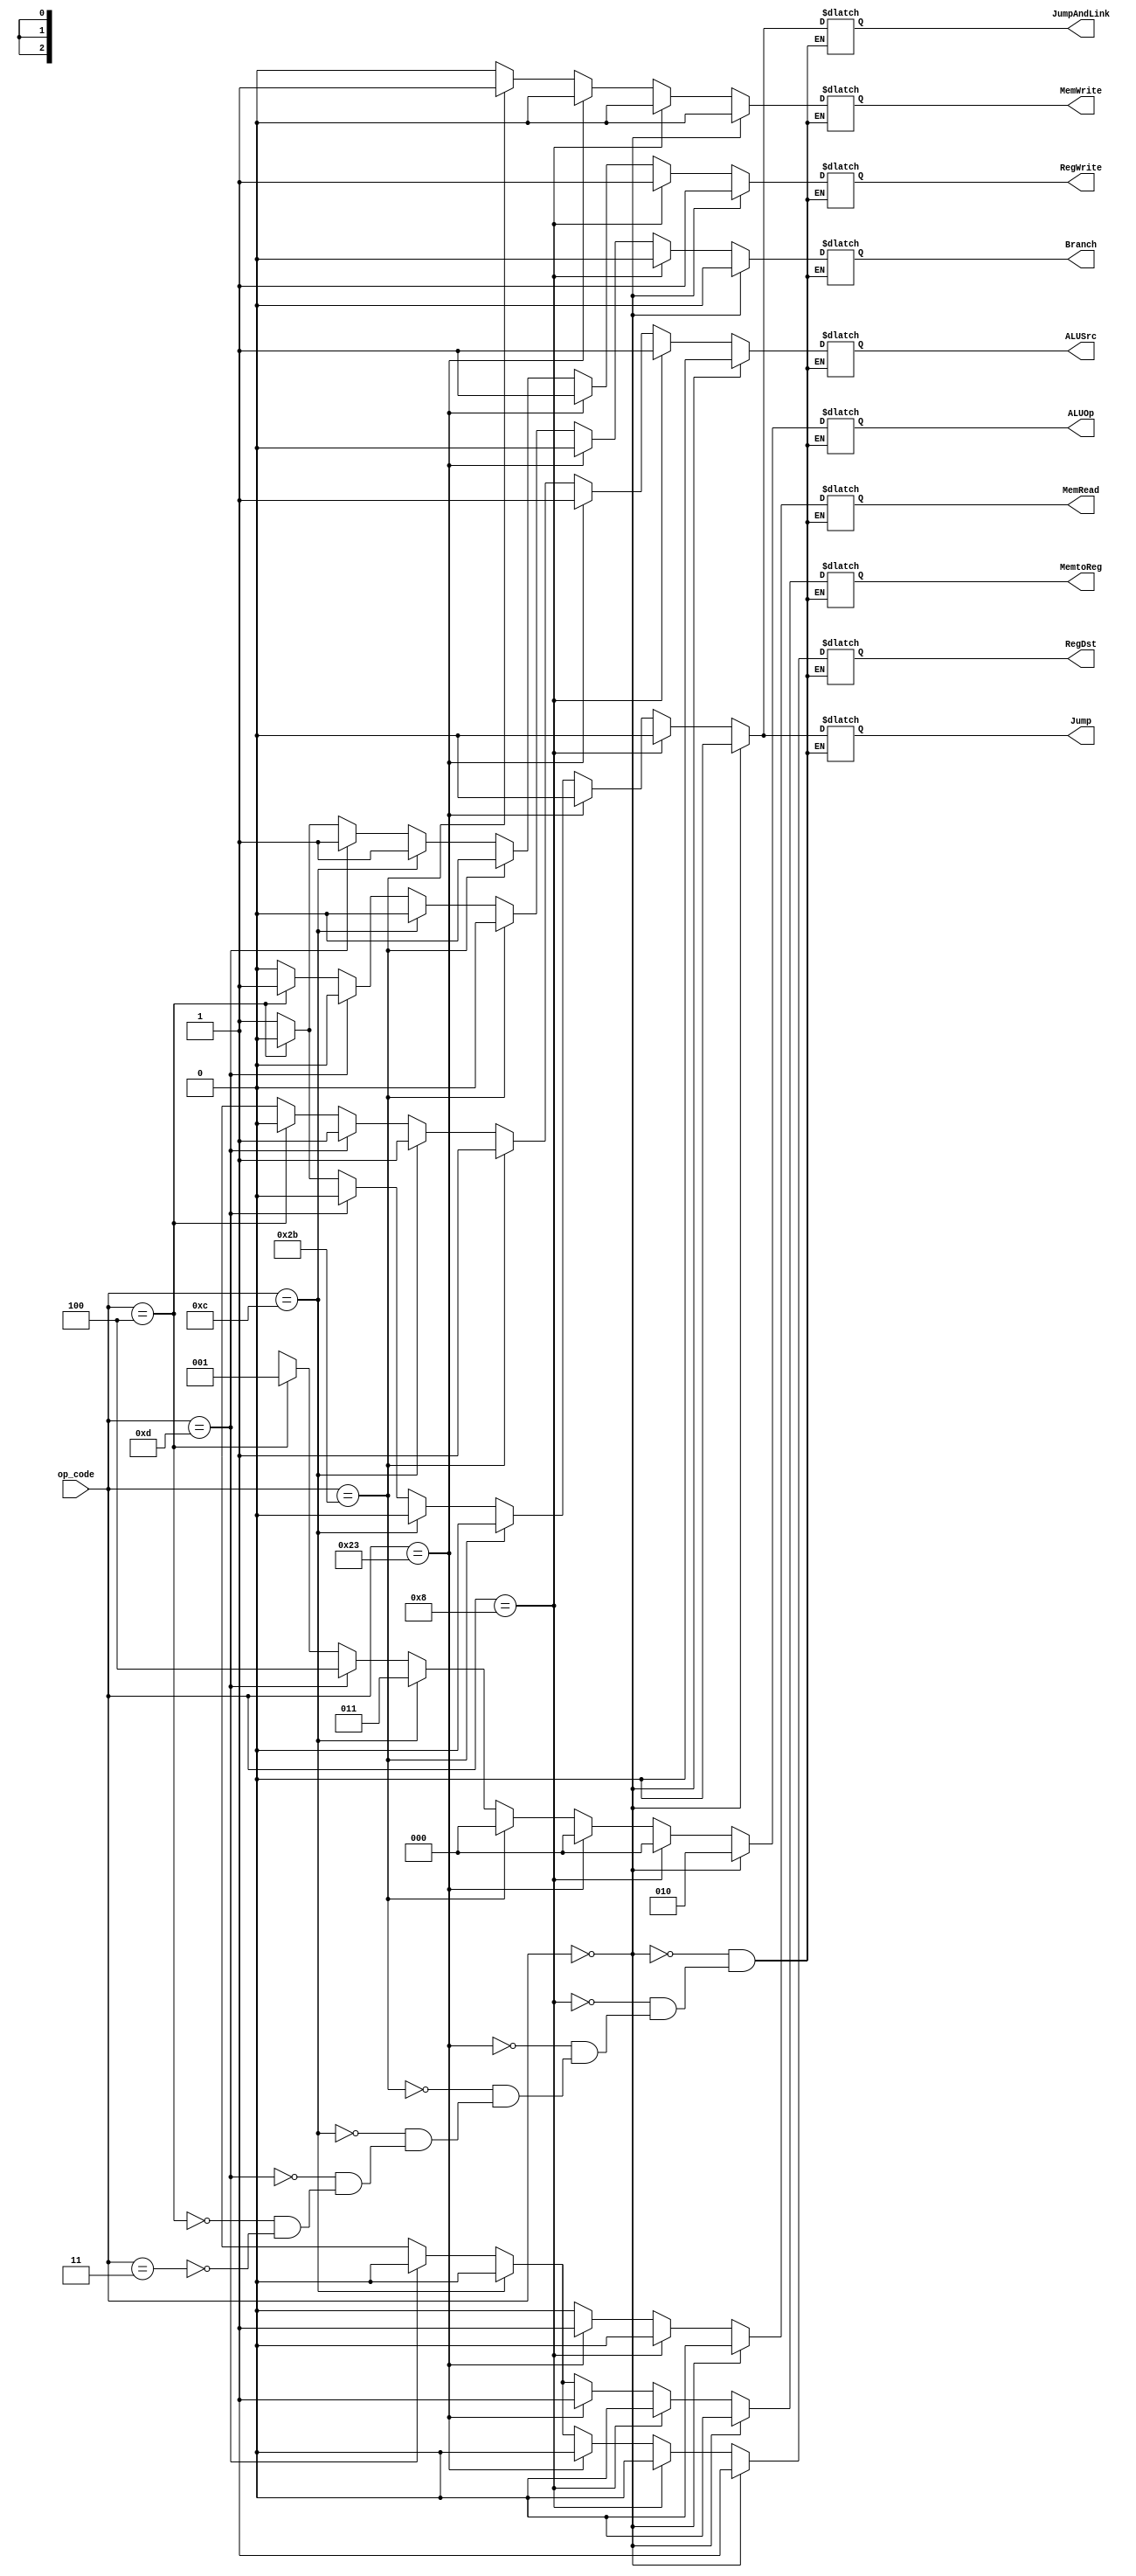
`timescale 1ps/1ps
module control_unit(
op_code,
RegDst,
Jump,
JumpAndLink,
Branch,
MemRead,
MemtoReg,
ALUOp,
MemWrite,
ALUSrc,
RegWrite
);

	input [5:0] op_code;

	output RegDst;
	output Jump;
	output JumpAndLink;
	output Branch;
	output MemRead;
	output MemtoReg;
	output [2:0] ALUOp;
	output MemWrite;
	output ALUSrc;
	output RegWrite;

	wire [5:0] op_code;

	reg RegDst;
	reg Jump;
	reg JumpAndLink;
	reg Branch;
	reg MemRead;
	reg MemtoReg;
	reg [2:0] ALUOp;
	reg MemWrite;
	reg ALUSrc;
	reg RegWrite;

	always @ (op_code)
	begin
		#100 //delay 100ps for Control Unit
		if (op_code == 'h00) begin	  //R-type
			RegDst      <= 1;
			Jump        <= 0;
			JumpAndLink <= 0;
			Branch      <= 0;
			MemRead     <= 0;
			MemtoReg    <= 0;
			ALUOp       <= 3'b010; //func_field
			MemWrite    <= 0;
			ALUSrc      <= 0;
			RegWrite    <= 1;
		end
	
		else if (op_code == 'h08) begin   //addi
			RegDst      <= 0;
			Jump        <= 0;
			JumpAndLink <= 0;
			Branch      <= 0;
			MemRead     <= 0;
			MemtoReg    <= 0;
			ALUOp       <= 3'b000; //add
			MemWrite    <= 0;
			ALUSrc      <= 1;
			RegWrite    <= 1;
		end
		
		else if (op_code == 'h23) begin   //lw
			RegDst      <= 0;
			Jump        <= 0;
			JumpAndLink <= 0;
			Branch      <= 0;
			MemRead     <= 1;
			MemtoReg    <= 1;
			ALUOp       <= 3'b000; //add
			MemWrite    <= 0;
			ALUSrc      <= 1;
			RegWrite    <= 1;
		end

		else if (op_code == 'h2B) begin   //sw
			RegDst      <= 1'bx;
			Jump 	    <= 0;
			JumpAndLink <= 0;
			Branch      <= 0;
			MemRead     <= 0;
			MemtoReg    <= 1'bx;
			ALUOp       <= 3'b000; //add
			MemWrite    <= 1;
			ALUSrc      <= 1;
			RegWrite    <= 0;
		end
	
		else if (op_code == 'h0C) begin  //andi
			RegDst      <= 0;
			Jump        <= 0;
			JumpAndLink <= 0;
			Branch      <= 0;
			MemRead     <= 0;
			MemtoReg    <= 0;
			ALUOp       <= 3'b011; //and
			MemWrite    <= 0;
			ALUSrc      <= 1;
			RegWrite    <= 1;
		end

		else if (op_code == 'h0D) begin //ori
			RegDst      <= 0;
			Jump        <= 0;
			JumpAndLink <= 0;
			Branch      <= 0;
			MemRead     <= 0;
			MemtoReg    <= 0;
			ALUOp       <= 3'b100; //or
			MemWrite    <= 0;
			ALUSrc      <= 1;
			RegWrite    <= 1;
		end
	
		else if (op_code == 'h04) begin //beq
			RegDst      <= 1'bx;
			Jump        <= 0;
			JumpAndLink <= 0;
			Branch      <= 1;
			MemRead     <= 0;
			MemtoReg    <= 1'bx;
			ALUOp       <= 3'b001; //sub
			MemWrite    <= 0;
			ALUSrc      <= 0;
			RegWrite    <= 0;
		end
		
		else if (op_code == 'h03) begin //jal
			RegDst      <= 1'bx;
			Jump        <= 1;
			JumpAndLink <= 1;
			Branch      <= 0;
			MemRead     <= 0;
			MemtoReg    <= 1'bx;
			ALUOp       <= 3'bxxx;
			MemWrite    <= 0;
			ALUSrc      <= 1'bx;
			RegWrite    <= 1;
		end

	end

endmodule